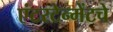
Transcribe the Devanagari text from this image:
एंटरटेन्मेंटचे